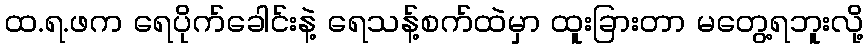
ထ.ရ.ဖက ရေပိုက်ခေါင်းနဲ့ ရေသန့်စက်ထဲမှာ ထူးခြားတာ မတွေ့ရဘူးလို့